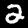
Label: 2